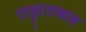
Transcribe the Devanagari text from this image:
राज्दुताबास